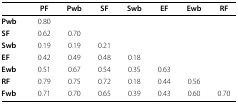
|  | PF | Pwb | SF | Swb | EF | Ewb | RF |
 | --- | --- | --- | --- | --- | --- | --- | --- |
 | Pwb | 0.80 |  |  |  |  |  |  |
 | SF | 0.62 | 0.70 |  |  |  |  |  |
 | Swb | 0.19 | 0.19 | 0.21 |  |  |  |  |
 | EF | 0.42 | 0.49 | 0.48 | 0.18 |  |  |  |
 | Ewb | 0.51 | 0.67 | 0.54 | 0.35 | 0.63 |  |  |
 | RF | 0.79 | 0.75 | 0.72 | 0.18 | 0.44 | 0.56 |  |
 | Fwb | 0.71 | 0.70 | 0.65 | 0.39 | 0.43 | 0.60 | 0.70 |